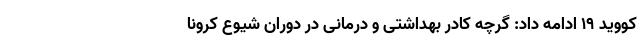
کووید ۱۹ ادامه داد: گرچه کادر بهداشتی و درمانی در دوران شیوع کرونا